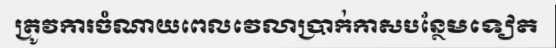
ត្រូវការចំណាយពេលវេលាប្រាក់កាសបន្ថែមទៀត